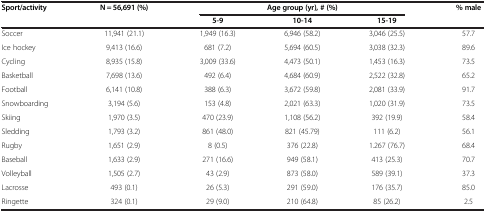
<table><thead><tr><td rowspan="2"><b>Sport/activity</b></td><td rowspan="2"><b>N = 56,691 (%)</b></td><td colspan="3"><b>Age group (yr), # (%)</b></td><td rowspan="2"><b>% male</b></td></tr><tr><td><b>5-9</b></td><td><b>10-14</b></td><td><b>15-19</b></td></tr></thead><tbody><tr><td>Soccer</td><td>11,941 (21.1)</td><td>1,949 (16.3)</td><td>6,946 (58.2)</td><td>3,046 (25.5)</td><td>57.7</td></tr><tr><td>Ice hockey</td><td>9,413 (16.6)</td><td>681 (7.2)</td><td>5,694 (60.5)</td><td>3,038 (32.3)</td><td>89.6</td></tr><tr><td>Cycling</td><td>8,935 (15.8)</td><td>3,009 (33.6)</td><td>4,473 (50.1)</td><td>1,453 (16.3)</td><td>73.5</td></tr><tr><td>Basketball</td><td>7,698 (13.6)</td><td>492 (6.4)</td><td>4,684 (60.9)</td><td>2,522 (32.8)</td><td>65.2</td></tr><tr><td>Football</td><td>6,141 (10.8)</td><td>388 (6.3)</td><td>3,672 (59.8)</td><td>2,081 (33.9)</td><td>91.7</td></tr><tr><td>Snowboarding</td><td>3,194 (5.6)</td><td>153 (4.8)</td><td>2,021 (63.3)</td><td>1,020 (31.9)</td><td>73.5</td></tr><tr><td>Skiing</td><td>1,970 (3.5)</td><td>470 (23.9)</td><td>1,108 (56.2)</td><td>392 (19.9)</td><td>58.4</td></tr><tr><td>Sledding</td><td>1,793 (3.2)</td><td>861 (48.0)</td><td>821 (45.79)</td><td>111 (6.2)</td><td>56.1</td></tr><tr><td>Rugby</td><td>1,651 (2.9)</td><td>8 (0.5)</td><td>376 (22.8)</td><td>1.267 (76.7)</td><td>68.4</td></tr><tr><td>Baseball</td><td>1,633 (2.9)</td><td>271 (16.6)</td><td>949 (58.1)</td><td>413 (25.3)</td><td>70.7</td></tr><tr><td>Volleyball</td><td>1,505 (2.7)</td><td>43 (2.9)</td><td>873 (58.0)</td><td>589 (39.1)</td><td>37.3</td></tr><tr><td>Lacrosse</td><td>493 (0.1)</td><td>26 (5.3)</td><td>291 (59.0)</td><td>176 (35.7)</td><td>85.0</td></tr><tr><td>Ringette</td><td>324 (0.1)</td><td>29 (9.0)</td><td>210 (64.8)</td><td>85 (26.2)</td><td>2.5</td></tr></tbody></table>